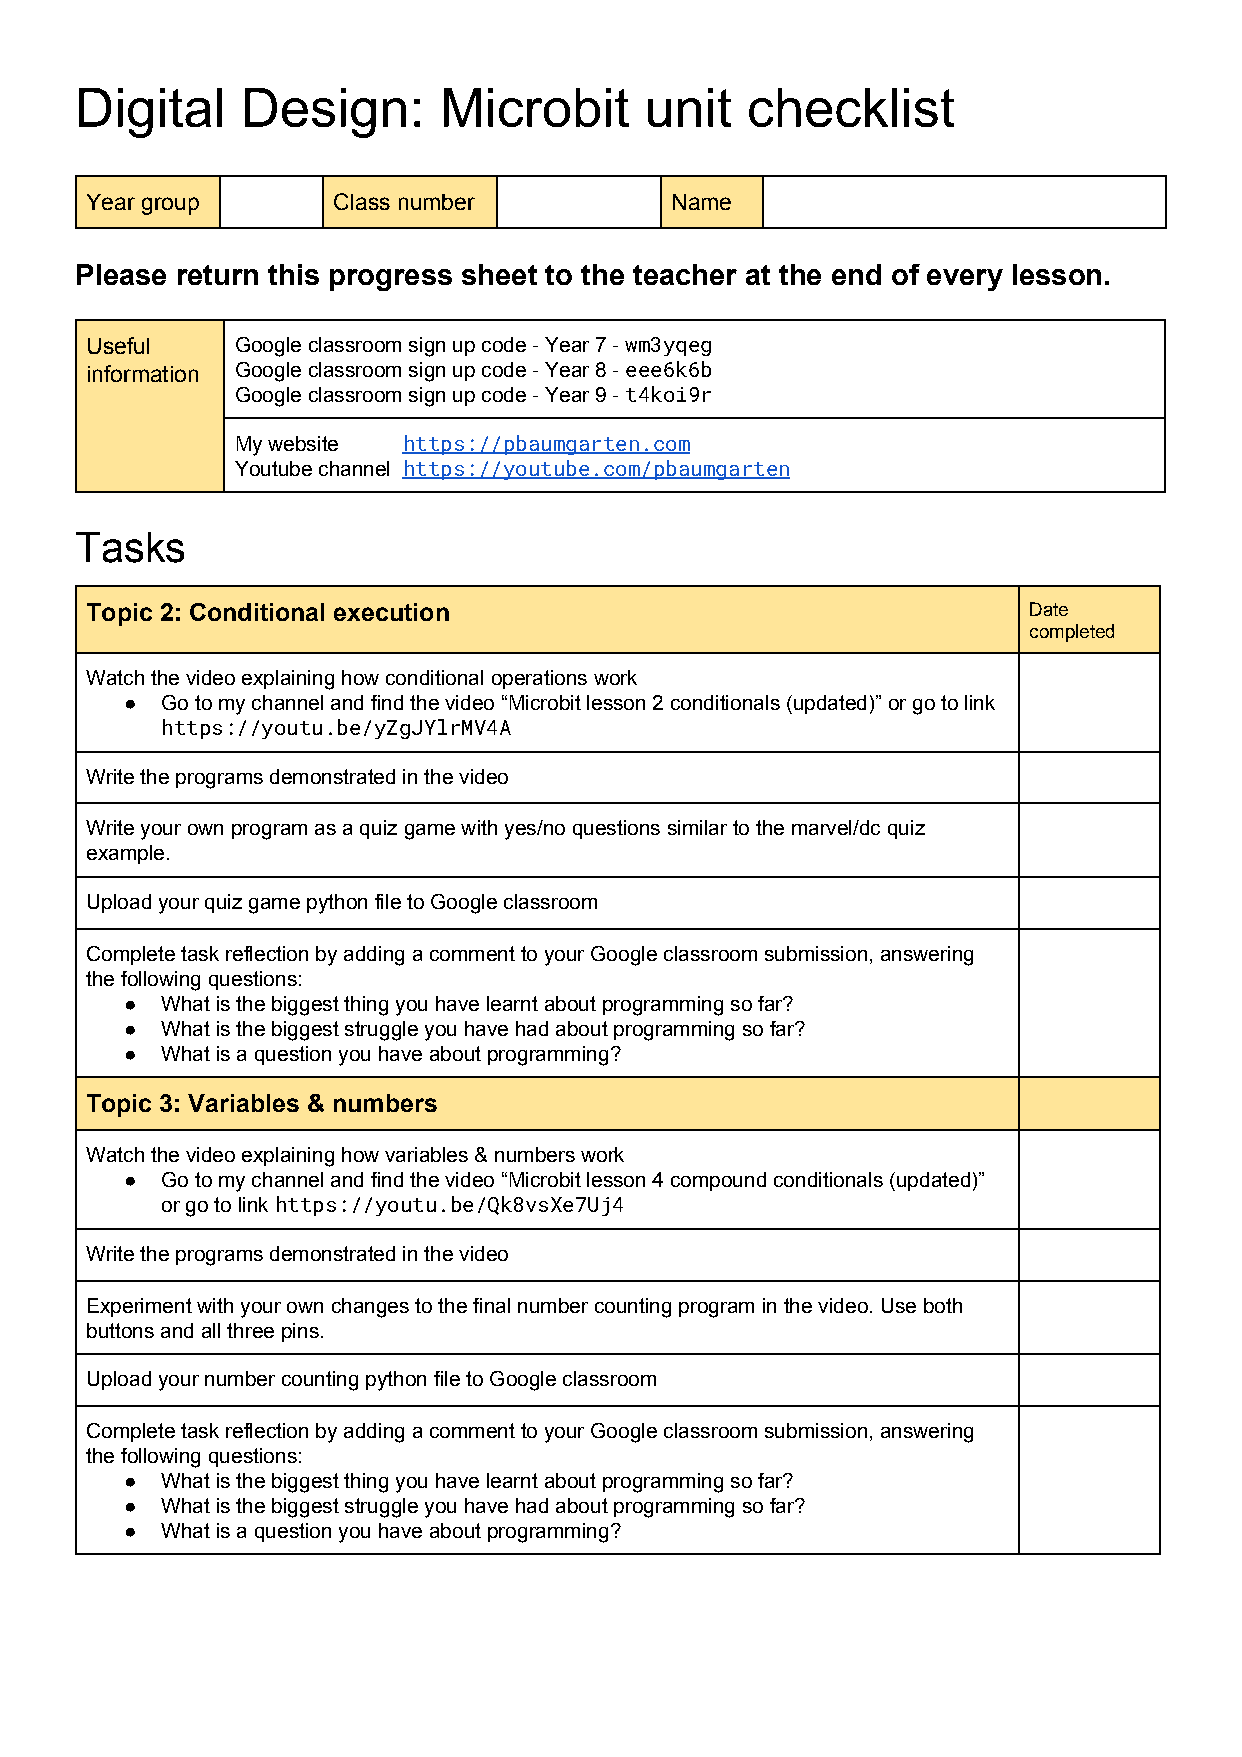
Digital    Design:      Microbit      unit  checklist
 Year group      Class number          Name
 Please return this progress sheet to the teacher at the end of every lesson.
 Useful    Google classroom sign up code - Year 7 - wm3yqeg
 ​
 information Google classroom sign up code - Year 8 - eee6k6b
 ​
 Google classroom sign up code - Year 9 - t4koi9r
 ​
 My website https://pbaumgarten.com
 ​
 Youtube channel https://youtube.com/pbaumgarten
 ​
 Tasks
 Topic 2: Conditional execution                                Date
 completed
 Watch the video explaining how conditional operations work
 ●  Go to my channel and find the video “Microbit lesson 2 conditionals (updated)” or go to link
 https://youtu.be/yZgJYlrMV4A
 Write the programs demonstrated in the video
 Write your own program as a quiz game with yes/no questions similar to the marvel/dc quiz
 example.
 Upload your quiz game python file to Google classroom
 Complete task reflection by adding a comment to your Google classroom submission, answering
 the following questions:
 ●  What is the biggest thing you have learnt about programming so far?
 ●  What is the biggest struggle you have had about programming so far?
 ●  What is a question you have about programming?
 Topic 3: Variables & numbers
 Watch the video explaining how variables & numbers work
 ●  Go to my channel and find the video “Microbit lesson 4 compound conditionals (updated)”
 or go to link https://youtu.be/Qk8vsXe7Uj4
 ​
 Write the programs demonstrated in the video
 Experiment with your own changes to the final number counting program in the video. Use both
 buttons and all three pins.
 Upload your number counting python file to Google classroom
 Complete task reflection by adding a comment to your Google classroom submission, answering
 the following questions:
 ●  What is the biggest thing you have learnt about programming so far?
 ●  What is the biggest struggle you have had about programming so far?
 ●  What is a question you have about programming?